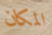
المكان